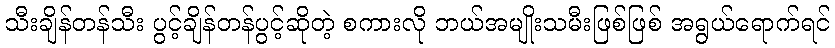
သီးချိန်တန်သီး ပွင့်ချိန်တန်ပွင့်ဆိုတဲ့ စကားလို ဘယ်အမျိုးသမီးဖြစ်ဖြစ် အရွယ်ရောက်ရင်